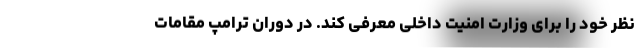
نظر خود را برای وزارت امنیت داخلی معرفی کند. در دوران ترامپ مقامات